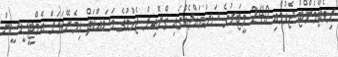
ރިވެޓްމެންޓް ޖެހުމާއި 240 މީޓަރުގެ ސަރަޙައްދެއްގައި ގްރޮއިން ޖެހުމުގެ މަސައްކަތް ހިމެނޭކަމަށް އެމްޓީސީސީން